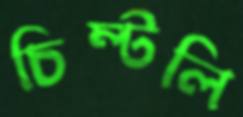
চিম্‌টলি